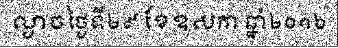
ល្ងាចថ្ងៃទី២៩ ខែឧសភា ឆ្នាំ២០១៦